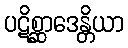
ပဋိစ္ဆာဒေန္တိယာ